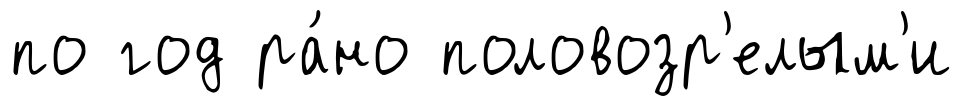
по год ра́но половозр'елым'и